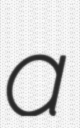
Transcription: a